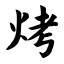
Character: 烤